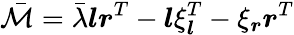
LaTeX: \bar{\mathcal{M}}=\bar{\lambda}\boldsymbol{l}\boldsymbol{r}^{T}-\boldsymbol{l}\xi_{\boldsymbol{l}}^{T}-\xi_{\boldsymbol{r}}\boldsymbol{r}^{T}